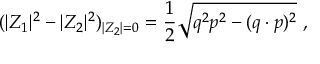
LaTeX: ( | Z _ { 1 } | ^ { 2 } - | Z _ { 2 } | ^ { 2 } ) _ { | Z _ { 2 } | = 0 } = { \frac { 1 } { 2 } } \sqrt { q ^ { 2 } p ^ { 2 } - ( q \cdot p ) ^ { 2 } } \ ,